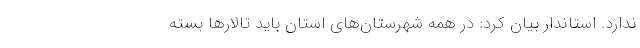
ندارد. استاندار بیان کرد: در همه شهرستان‌های استان باید تالارها بسته